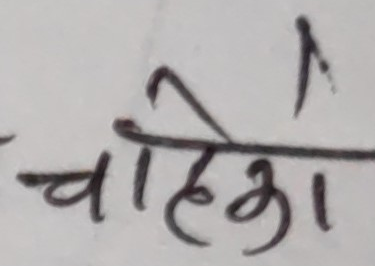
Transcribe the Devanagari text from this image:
चाहिए